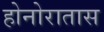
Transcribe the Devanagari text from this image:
होनोरातास